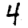
Digit: 4